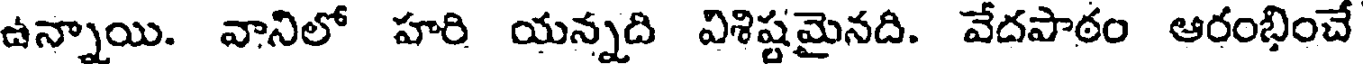
ఉన్నాయి. వానిలో హరి యన్నది విశిష్టమైనది. వేదపాఠం ఆరంభించే